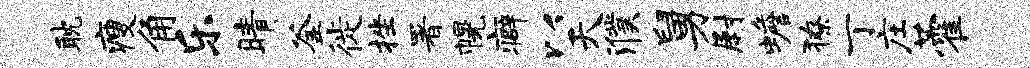
耽瘦角乐睛釜徙挫署幌癖以天濮舅尉蟾獠丁庄藿